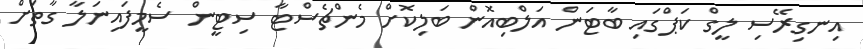
އިނގިރޭސި ލީގް ކަޕްގައި ބާޓަން އަލްބިއޮން ބަލިކޮށް މެންޗެސްޓާ ސިޓީން ސެމީފައިނަލާ ގާތަށް